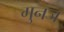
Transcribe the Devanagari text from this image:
गुनज